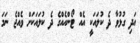
އަދި ގުޅުވާ ދެ ކުލައަކީ އެއް ޓޯންއެއްގެ ދެ ކުލައަކަށް ވެއްޖެ ނަމަ